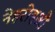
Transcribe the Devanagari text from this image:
नेहरोइओ